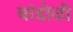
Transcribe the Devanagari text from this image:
बांडोळी